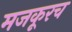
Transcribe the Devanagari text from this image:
मजकूरच